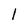
Character: l